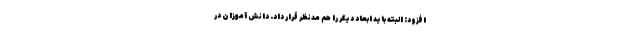
افزود: البته باید ابعاد دیگر را هم مدنظر قرار داد. دانش آموزان در